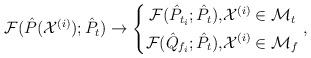
LaTeX: \begin{align*} \mathcal{F} (\hat P(\mathcal{X}^{(i)}); \hat P_{t})\to \left\{ \begin{aligned} \mathcal{F} (\hat P_{t_i}; \hat P_t), & \mathcal{X}^{(i)}\in \mathcal{M}_t \\ \mathcal{F} (\hat Q_{f_i}; \hat P_t), & \mathcal{X}^{(i)}\in \mathcal{M}_f \end{aligned}\right.,\end{align*}